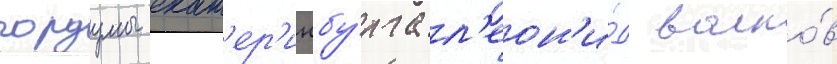
гордумы екат'ер'инбу́рга л'еон'и́д волко́в